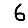
Digit: 6